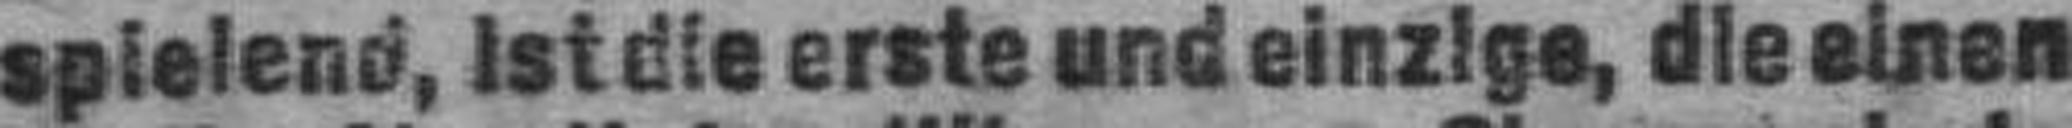
spielend, ist die erste und einzige, die einen